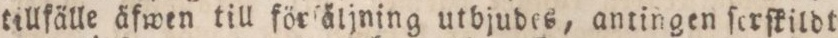
tillfälle äfwen till förſäljning utbjudes, antingen ſerſkildt